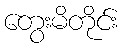
တွေးမိတိုင်း